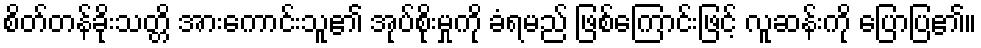
စိတ်တန်ခိုးသတ္တိ အားကောင်းသူ၏ အုပ်စိုးမှုကို ခံရမည် ဖြစ်ကြောင်းဖြင့် လူဆန်းကို ပြောပြ၏။